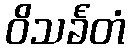
ဝိသင်္ခတံ